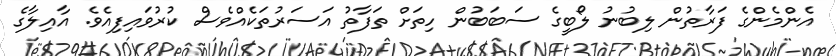
އެންމެންގެ ފަރާތުން ލިބުނު ލޯބީގެ ސަބަބުން ހިތަށް ތަފާތު އަސަރުތަކެއްވެސް ކުރުވައިފިއެވެ. އާއިލާގެ